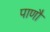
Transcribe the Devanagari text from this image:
पाणौ